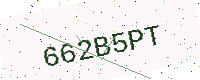
Text: 662B5PT